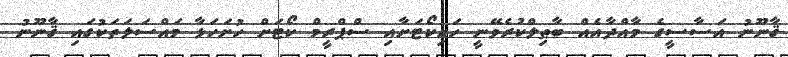
ޤާނޫނު އަސާސީގެ މާއްދާއެއް ބާޠިލްކުރެވޭނީ ހައިކޯޓަށާއި ސްޕްރީމް ކޯޓަށް ހުށަހަޅާ މައްސަލަތަކުގައި ޤާނޫނު